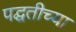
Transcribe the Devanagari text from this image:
पद्घतीच्या